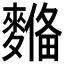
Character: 𪍞